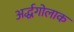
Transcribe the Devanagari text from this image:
अर्द्धगोलाक